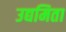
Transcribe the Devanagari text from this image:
उद्यमिता